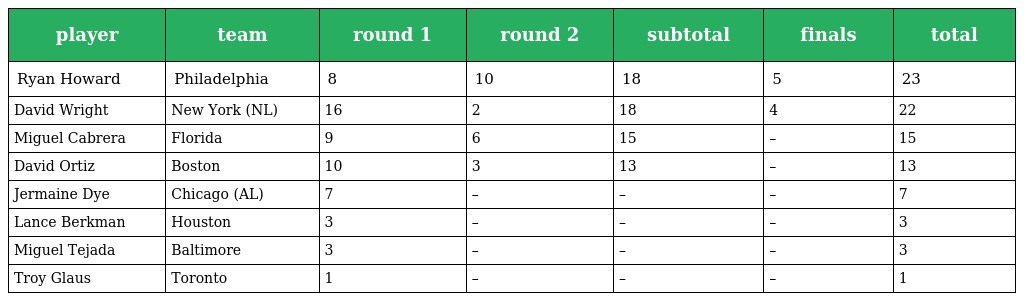
| player | team | round 1 | round 2 | subtotal | finals | total |
 | --- | --- | --- | --- | --- | --- | --- |
 | Ryan Howard | Philadelphia | 8 | 10 | 18 | 5 | 23 |
 | David Wright | New York (NL) | 16 | 2 | 18 | 4 | 22 |
 | Miguel Cabrera | Florida | 9 | 6 | 15 | – | 15 |
 | David Ortiz | Boston | 10 | 3 | 13 | – | 13 |
 | Jermaine Dye | Chicago (AL) | 7 | – | – | – | 7 |
 | Lance Berkman | Houston | 3 | – | – | – | 3 |
 | Miguel Tejada | Baltimore | 3 | – | – | – | 3 |
 | Troy Glaus | Toronto | 1 | – | – | – | 1 |